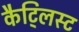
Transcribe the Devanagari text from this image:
कैट्लिस्ट